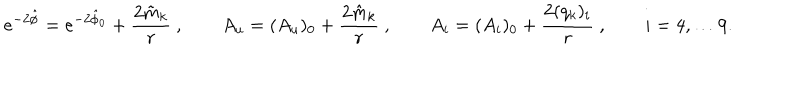
LaTeX: e ^ { - 2 \hat { \phi } } = e ^ { - 2 \hat { \phi } _ { 0 } } + { \frac { 2 \tilde { m } _ { k } } { r } } \ , \qquad A _ { u } = ( A _ { u } ) _ { 0 } + { \frac { 2 \hat { m } _ { k } } { r } } \ , \qquad A _ { i } = ( A _ { i } ) _ { 0 } + { \frac { 2 ( q _ { k } ) _ { i } } { r } } \ , \qquad i = 4 , \dots 9 .